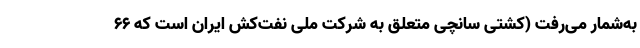
به‌شمار می‌رفت (کشتی سانچی متعلق به شرکت ملی نفت‌کش ایران است که ۶۶